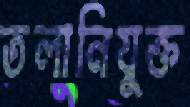
তলানিযুক্ত